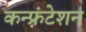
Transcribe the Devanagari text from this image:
कन्फ़्रंटेशन